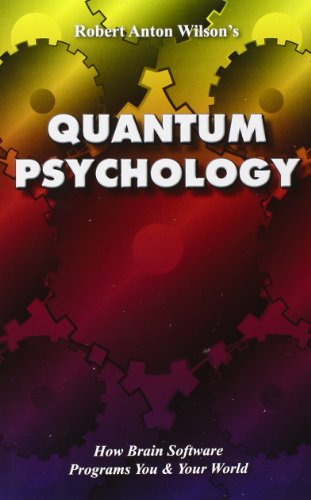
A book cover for Quantum Psychology: How Brain Software Programs You and Your World; Robert Anton Wilson; Religion & Spirituality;